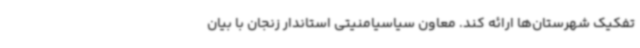
تفکیک شهرستان‌ها ارائه کند. معاون سیاسیامنیتی استاندار زنجان با بیان